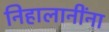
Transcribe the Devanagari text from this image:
निहालानींना